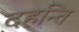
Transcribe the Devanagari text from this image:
दहन्ति